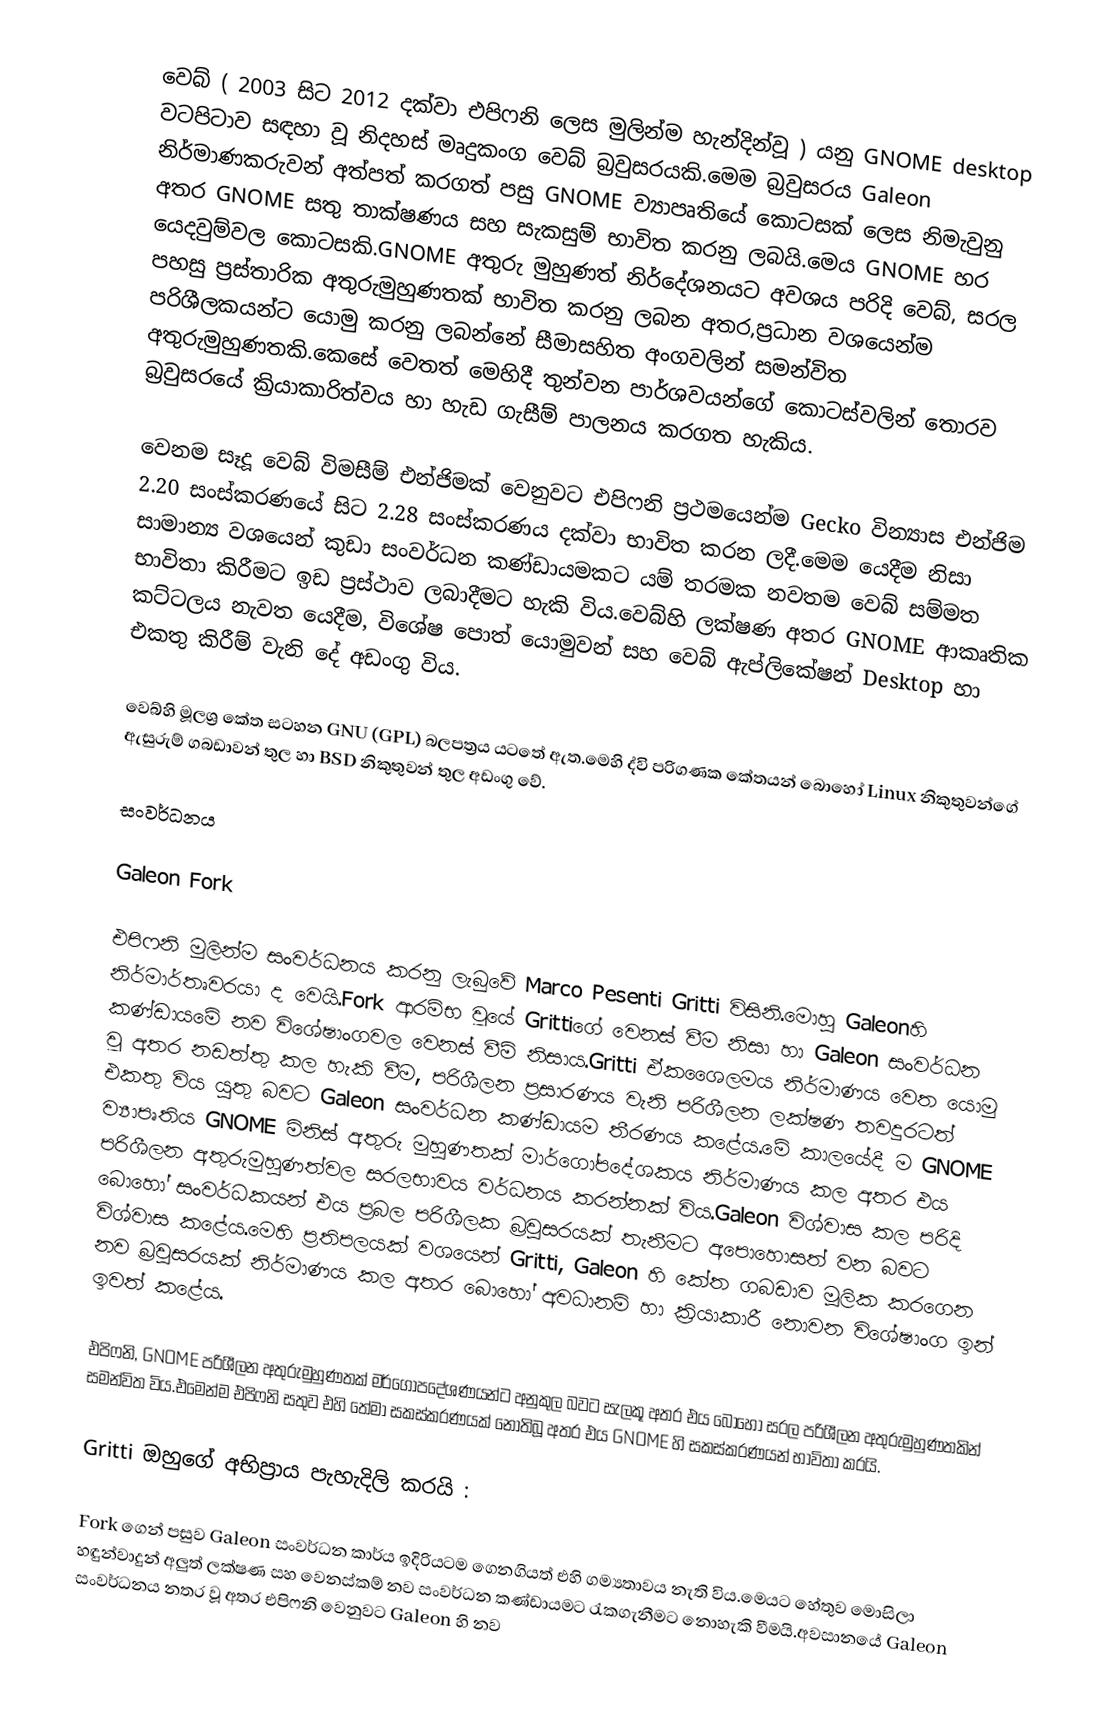
වෙබ් ( 2003 සිට 2012 දක්වා එපිෆනි ලෙස මුලින්ම  හැන්දින්වූ ) යනු GNOME desktop වටපිටාව සඳහා වූ නිදහස් මෘදුකංග වෙබ් බ්‍රවුසරයකි.මෙම බ්‍රවුසරය Galeon නිර්මාණකරුවන් අත්පත් කරගත් පසු GNOME ව්‍යාපෘතියේ කොටසක් ලෙස නිමැවුනු අතර GNOME සතු තාක්ෂණය සහ සැකසුම් භාවිත කරනු ලබයි.මෙය GNOME හර යෙදවුම්වල කොටසකි.GNOME අතුරු මුහුණත් නිර්දේශනයට අවශය පරිදි වෙබ්, සරල පහසු ප්‍රස්තාරික අතුරුමුහුණතක් භාවිත කරනු ලබන අතර,ප්‍රධාන වශයෙන්ම පරිශීලකයන්ට යොමු කරනු  ලබන්නේ සීමාසහිත අංගවලින් සමන්විත අතුරුමුහුණතකි.කෙසේ වෙතත් මෙහිදී තුන්වන පාර්ශවයන්ගේ කොටස්වලින් තොරව බ්‍රවුසරයේ ක්‍රියාකාරිත්වය හා හැඩ ගැසීම්  පාලනය කරගත හැකිය.

වෙනම සෑදූ වෙබ් විමසීම් එන්ජිමක් වෙනුවට එපිෆනි ප්‍රථමයෙන්ම Gecko වින්‍යාස එන්ජිම 2.20 සංස්කරණයේ සිට 2.28 සංස්කරණය දක්වා භාවිත කරන ලදී.මෙම යෙදීම නිසා සාමාන්‍ය වශයෙන් කුඩා සංවර්ධන කණ්ඩායමකට යම් තරමක නවතම වෙබ්  සම්මත භාවිතා කිරීමට ඉඩ ප්‍රස්ථාව ලබාදීමට හැකි විය.වෙබ්හි ලක්ෂණ අතර GNOME ආකෘතික කට්ටලය නැවත යෙදීම, විශේෂ පොත් යොමුවන් සහ වෙබ් ඇප්ලිකේෂන් Desktop හා එකතු කිරීම් වැනි දේ අඩංගු විය.

වෙබ්හි මූලශ්‍ර කේත සටහන GNU (GPL) බලපත්‍රය යටතේ ඇත.මෙහි ද්වි පරිගණක කේතයන් බොහෝ Linux නිකුතුවන්ගේ ඇසුරුම් ගබඩාවන් තුල හා BSD නිකුතුවන් තුල අඩංගු වේ.

සංවර්ධනය

Galeon Fork

එපිෆනි මුලින්ම සංවර්ධනය කරනු ලැබුවේ Marco Pesenti Gritti විසිනි.මොහු Galeonහි නිර්මාර්තෘවරයා ද වෙයි.Fork ආරම්භ වූයේ Grittiගේ වෙනස් වීම නිසා හා Galeon සංවර්ධන කණ්ඩායමේ නව විශේෂාංගවල වෙනස් වීම් නිසාය.Gritti ඒකශෛලමය නිර්මාණය වෙත යොමු වූ අතර නඩත්තු කල හැකි වීම, පරිශීලන  ප්‍රසාරණය වැනි පරිශීලන ලක්ෂණ තවදුරටත් එකතු විය යුතු බවට Galeon සංවර්ධන කණ්ඩායම  තීරණය කළේය.මේ කාලයේදී ම GNOME ව්‍යාපෘතිය GNOME  මිනිස් අතුරු මුහුණතක් මාර්ගෝපදේශකය නිර්මාණය කල අතර එය පරිශීලන අතුරුමුහුණත්වල සරලභාවය වර්ධනය කරන්නක් විය.Galeon විශ්වාස කල පරිදි බොහෝ සංවර්ධකයන් එය ප්‍රබල පරිශීලක  බ්‍රවුසරයක් තැනීමට අපොහොසත් වන බවට විශ්වාස කළේය.මෙහි ප්‍රතිපලයක් වශයෙන් Gritti, Galeon හි කේත ගබඩාව මූලික කරගෙන නව බ්‍රවුසරයක්  නිර්මාණය කල අතර බොහෝ අවධානම් හා ක්‍රියාකාරී නොවන විශේෂාංග ඉන් ඉවත් කළේය.

එපිෆනි, GNOME පරිශීලන අතුරුමුහුණතක් මර්ගෝපදේශණයන්ට අනුකුල බවට සැලකූ අතර එය බොහෝ සරල පරිශීලන අතුරුමුහුණතකින් සමන්විත විය.එමෙන්ම එපිෆනි සතුව එහි තේමා සකස්කරණයක් නොතිබූ අතර එය GNOME හි සකස්කරණයන් භාවිතා කරයි.

Gritti ඔහුගේ අභිප්‍රාය පැහැදිලි කරයි :

Fork ගෙන් පසුව Galeon සංවර්ධන කාර්ය ඉදිරියටම ගෙනගියත් එහි ගම්‍යතාවය නැති විය.මෙයට හේතුව මොසිලා හඳුන්වාදුන් අලුත් ලක්ෂණ සහ වෙනස්කම් නව සංවර්ධන කණ්ඩායමට රැකගැනීමට නොහැකි වීමයි.අවසානයේ Galeon සංවර්ධනය නතර වූ අතර එපිෆනි වෙනුවට Galeon හි නව